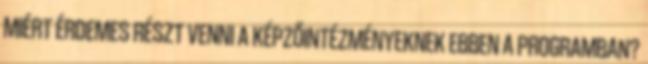
MIÉRT ÉRDEMES RÉSZT VENNI A KÉPZŐINTÉZMÉNYEKNEK EBBEN A PROGRAMBAN?